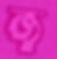
জ্ব